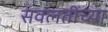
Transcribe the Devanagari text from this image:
सवलतींच्या